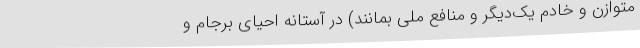
متوازن و خادم یک‌دیگر و منافع ملی بمانند) در آستانهٔ احیای برجام و